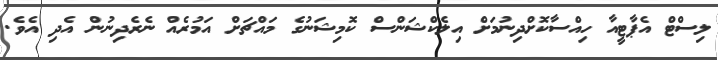
ލިސްޓް އެޕާޓީއާ ހިއްސާކޮށްދިނުމަށް އިލެކްޝަންސް ކޮމިޝަނުގެ މައްޗަށް އަމުރެއް ނެރެދިނުން އެދި އެވެ.